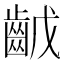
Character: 𪗥